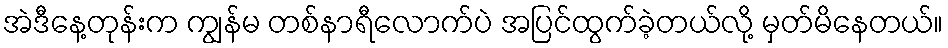
အဲဒီနေ့တုန်းက ကျွန်မ တစ်နာရီလောက်ပဲ အပြင်ထွက်ခဲ့တယ်လို့ မှတ်မိနေတယ်။